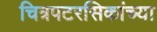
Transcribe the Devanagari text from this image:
चित्रपटरसिकांच्या